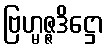
ဗြဟ္မဇ္ဇဒိဋ္ဌော